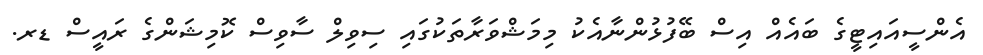
އެންސީއައިޓީގެ ބައެއް އިސް ބޭފުޅުންނާއެކު މިމަޝްވަރާތަކުގައި ސިވިލް ސާވިސް ކޮމިޝަންގެ ރައީސް ޑރ.